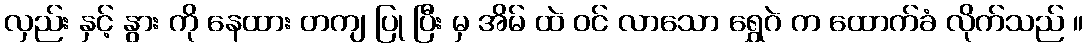
လှည်း နှင့် နွား ကို နေထား တကျ ပြု ပြီး မှ အိမ် ထဲ ဝင် လာသော ရွှေဂဲ က ထောက်ခံ လိုက်သည် ။